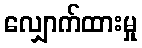
လျှောက်ထားမှု